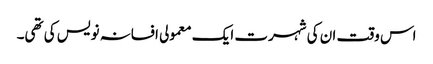
اس وقت ان کی شہرت ایک معمولی افسانہ نویس کی تھی۔